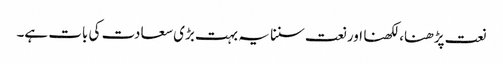
نعت پڑھنا، لکھنا اور نعت سننا یہ بہت بڑی سعادت کی بات ہے۔